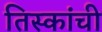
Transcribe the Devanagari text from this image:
तिस्कांची